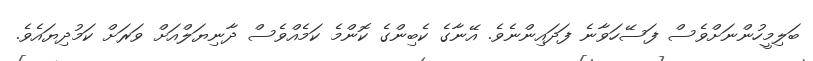
ބަލިމީހުންނަށްވެސް ފަސޭހަވާނެ ފަދައިންނެވެ. އޭނާގެ ކެބިންގެ ކޮންމެ ކަމެއްވެސް ދާނިޔަލްއަށް ވަރަށް ކަމުދިޔައެވެ.